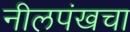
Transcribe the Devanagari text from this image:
नीलपंखचा